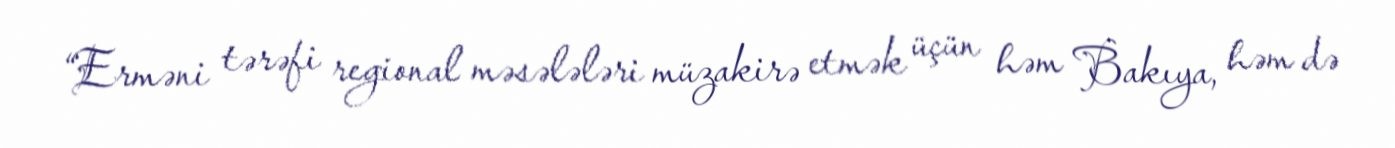
“Erməni tərəfi regional məsələləri müzakirə etmək üçün həm Bakıya, həm də